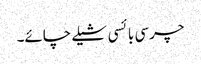
چرسی بائسی شیلے چائے۔